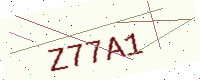
Text: Z77A1